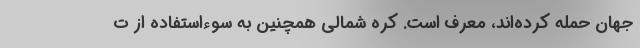
جهان حمله کرده‌اند، معرف است. کره شمالی همچنین به سوءاستفاده از ت